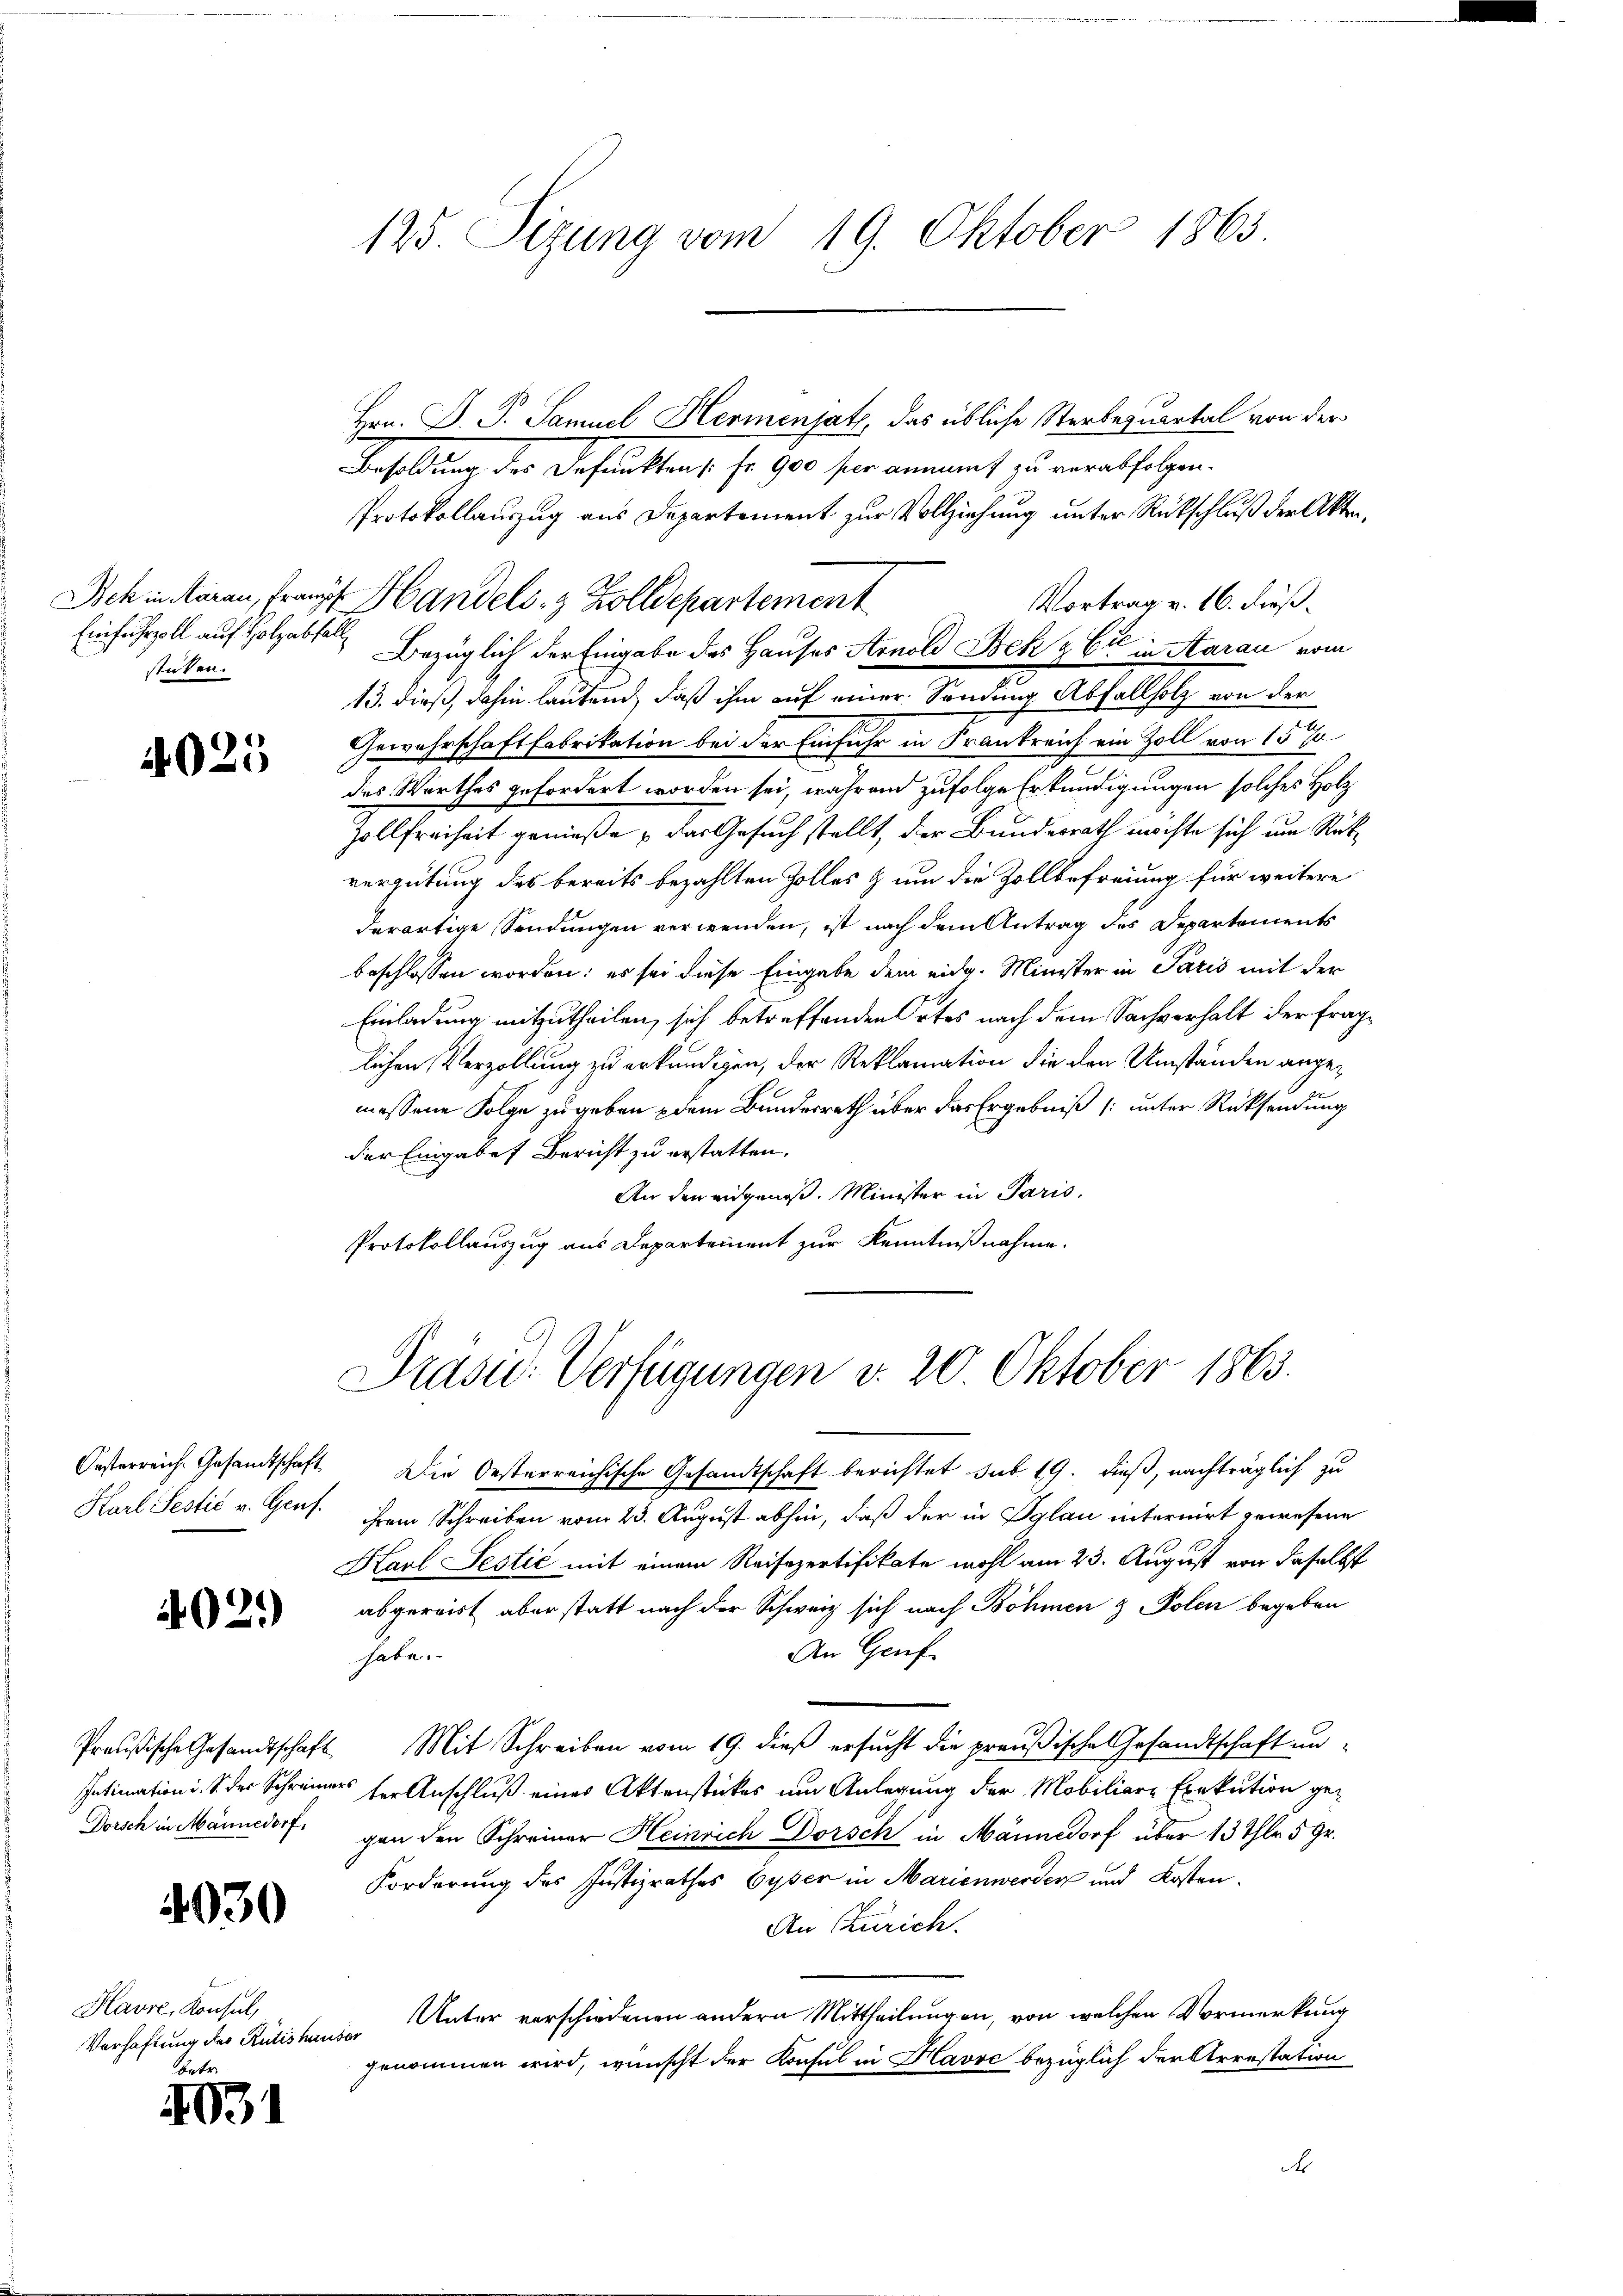
Einfuhrzoll auf Holzabfall
stüken.

4025

4021)

Dorsch in Männedorf,

4030

Havre, Konsul,
Verhaftung des Rütishauser
betr.

4031

Hrn. P. P. Samuel Hermensatz, das übliche Sterbequartal von der
Besoldung der Befunkten s. fr. 900 fr annamt zu verabfolgen.
Protokollauszug aus Departement zur Vollziehung unter Rückschluß der Akten,
Vortrag v. 16. Fieß.
Bezüglich der Eingabe des Hauses Arnold Bek & Cie in Aarau vom
13. dieß, dahin lautend, daß ihm auf einer Sendung Abfallholz von der
Gewahrschaft Fabrikation bei der Einfuhr in Krankreich ein Zoll von 15 %
des Werthes gefordert worden sei, während zufolge Erkundigungen solches Holz
Zollfreiheit genieße, das Gesuch stellt, der Bundesrath möchte sich um Rückvergütung des bereits bezahlten Zolles & um die Zollbefreiung für weitere
derartige Sendungen verwenden, ist nach dem Antrag des Departements
beschlossen worden; es sei diese Eingabe dem eidg. Minister in Paris mit der
Einladung mitzutheilen, sich betreffenden Ortes nach dem Sachverhalt der fraglichen Verzollung zu erkundigen, der Reklamation die den Umständen angemessene Folge zu geben dem Bundesrath über das Ergebniß [unter Rücksendung
der Eingabes Bericht zu erstatten.
An den angenoß. Minister in Paris,
Protokollauszug aus Departement zur Kenntnißnahme.

125. Sizung vom 19. Oktober 1863.

Bek in staren, Franz Handels- & Zolldepartement

Präsid. Verfügungen v. 20. Oktober 1863.

Oesterreich. Gesandtschaft Die Oesterreichische Gesandtschaft berichtet sub 19. dieß, nachträglich zu
Karl Sectić u. Genf. ihrem Schreiben vom 23. August abhin, daß der in Pylau internirt gewesene
Karl Jestić mit einem Reisepertifikate wohl am 23. August von daselbst
abgereist aber statt nach der Schweiz sich nach Böhmen & Polen begeben
An Genf
sate.
Preußische Gesandtschaft Mit Schreiben vom 19. dieß ersucht die preußische Gesandtschaft un¬
Intimation i. S. der Schreiners der Anschluß eines Aktenstückes um Anlegung der Mobiliere Exekution gegen den Schreiner Heinrich Dorsch in Männedorf über 13 Thlr 5 Gr.
Forderung des Justizrathes Gyser in Marienwerden und Kosten.
An Zürich.
Unter verschiedenen andern Mittheilungen, von welchen Vormerkung
genommen wird, wünscht der Konsul in Havre bezüglich der Arrestation
t